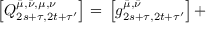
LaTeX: \left[ Q _ { 2 s + \tau , 2 t + \tau ^ { \prime } } ^ { \bar { \mu } , \bar { \nu } , \mu , \nu } \right] = \, \left[ g _ { 2 s + \tau , 2 t + \tau ^ { \prime } } ^ { \bar { \mu } , \bar { \nu } } \right] + \,